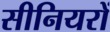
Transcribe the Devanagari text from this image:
सीनियरों